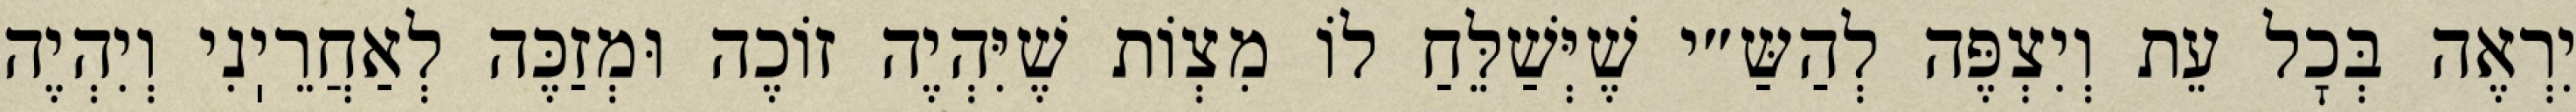
יִרְאֶה בְּכׇל עֵת וְיִצְפֶּה לְהַשַּ״י שֶׁיְּשַׁלֵּחַ לוֹ מִצְוֹת שֶׁיִּהְיֶה זוֹכֶה וּמְזַכֶּה לְאַחֲרֵיֽנִי וְיִהְיֶה